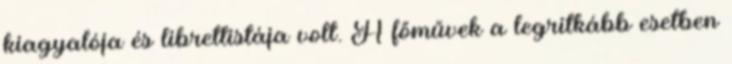
kiagyalója és librettistája volt. A főművek a legritkább esetben